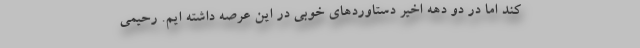
کند اما در دو دهه اخیر دستاوردهای خوبی در این عرصه داشته ایم. رحیمی